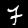
Label: 7